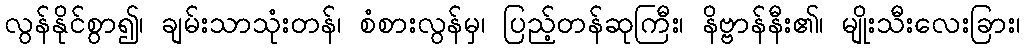
လွန်နိုင်စွာ၍၊ ချမ်းသာသုံးတန်၊ စံစားလွန်မှ၊ ပြည့်တန်ဆုကြီး၊ နိဗ္ဗာန်နီး၏၊ မျိုးသီးလေးခြား၊